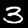
Digit: 3